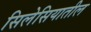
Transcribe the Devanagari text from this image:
सिलेसियातील